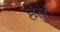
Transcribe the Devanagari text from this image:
हेतुं